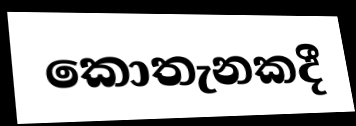
කොතැනකදී